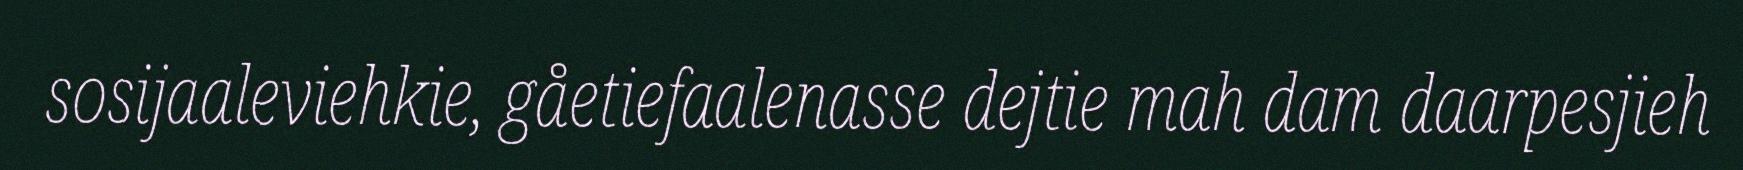
sosijaaleviehkie, gåetiefaalenasse dejtie mah dam daarpesjieh